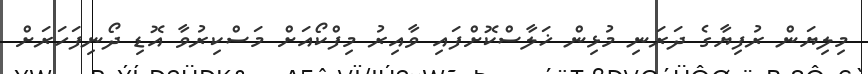
މިލިޔަން ރުފިޔާގެ ދަރަނި މުޅިން ޚަލާސްކޮށްފައި ވާއިރު މިފްކޯއަށް މަސްކިރުވާ އޮޑި ދޯނިފަހަރަށް